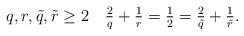
LaTeX: \begin{align*}q,r, \tilde q, \tilde r\geq2 \quad \tfrac{2}{q}+\tfrac{1}{r}=\tfrac{1}{2}=\tfrac{2}{\tilde q}+\tfrac{1}{\tilde r}.\end{align*}